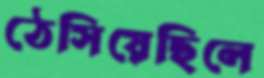
ঠেসিয়েছিলে